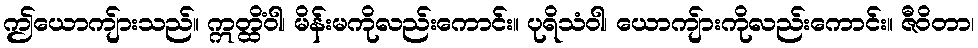
ဤယောကျ်ားသည်။ ဣတ္ထိံဝါ၊ မိန်းမကိုလည်းကောင်း။ ပုရိသံဝါ၊ ယောကျ်ားကိုလည်းကောင်း။ ဇီဝိတာ၊